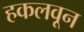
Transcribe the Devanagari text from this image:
हकलवून